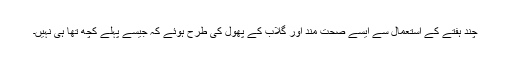
چند ہفتے کے استعمال سے ایسے صحت مند اور گلاب کے پھول کی طرح ہوئے کہ جیسے پہلے کچھ تھا ہی نہیں۔